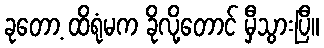
ခုတော့ ထိရုံမက ခိုလို့တောင် မှီသွားပြီ။